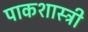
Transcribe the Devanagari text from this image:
पाकशास्त्री